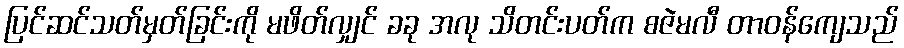
ပြင်ဆင်သတ်မှတ်ခြင်းကို မဖိတ်လျှင် ခခု အလု သိတင်းပတ်က စဇဲမလီ တာဝန်ကျေသည်